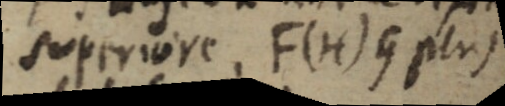
superiore. F(H) G plus